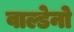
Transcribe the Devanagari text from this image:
वाल्डेनो